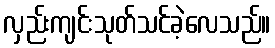
လှည်းကျင်းသုတ်သင်ခဲ့လေသည်။